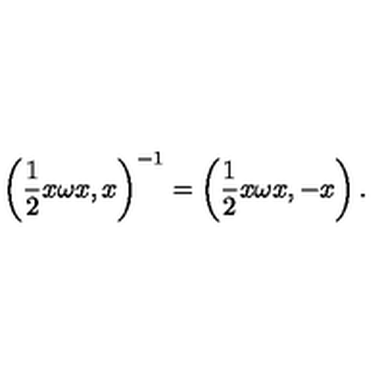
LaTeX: \left( \frac { 1 } { 2 } x \omega x , x \right) ^ { - 1 } = \left( \frac { 1 } { 2 } x \omega x , - x \right) .